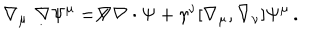
\nabla _ { \mu } \not \! \nabla \Psi ^ { \mu } = \not \! \nabla \nabla \cdot \Psi + \gamma ^ { \nu } [ \nabla _ { \mu } , \nabla _ { \nu } ] \Psi ^ { \mu } \, .